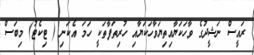
ރައީސް ނަޝީދުގެ ވާހަަކަޔާއިތިޔަވާހަކަޔާއި ހުރިތަފާތަކީ ހަމަ އެކަނި ( ޓިކެޓު) މިބަސް